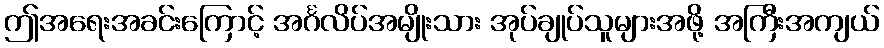
ဤအရေးအခင်းကြောင့် အင်္ဂလိပ်အမျိုးသား အုပ်ချုပ်သူများအဖို့ အကြီးအကျယ်